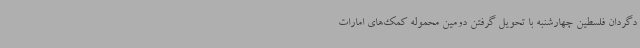
دگردان فلسطین چهارشنبه با تحویل گرفتن دومین محموله کمک‌های امارات